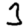
Digit: 3